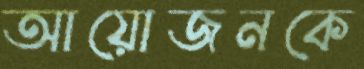
আয়োজনকে